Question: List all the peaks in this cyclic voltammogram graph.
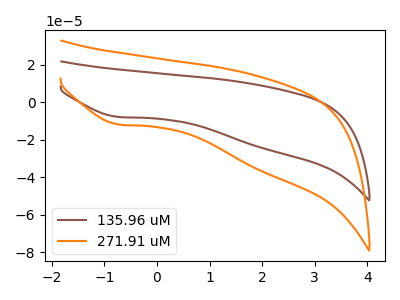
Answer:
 <answer>The brown curve "135.96 uM" has a cathodic peak at: (-0.75V, -7.90uA). The orange curve "271.91 uM" has a cathodic peak at: (-0.75V, -11.90uA).</answer>
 <eval></eval>